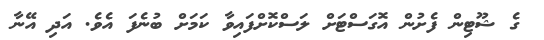
ގެ ޝޫޓިން ފެށުން އޮގަސްޓަށް ލަސްކޮށްފައިވާ ކަމަށް ބުނެފަ އެވެ. އަދި އޭނާ